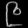
Digit: ၉